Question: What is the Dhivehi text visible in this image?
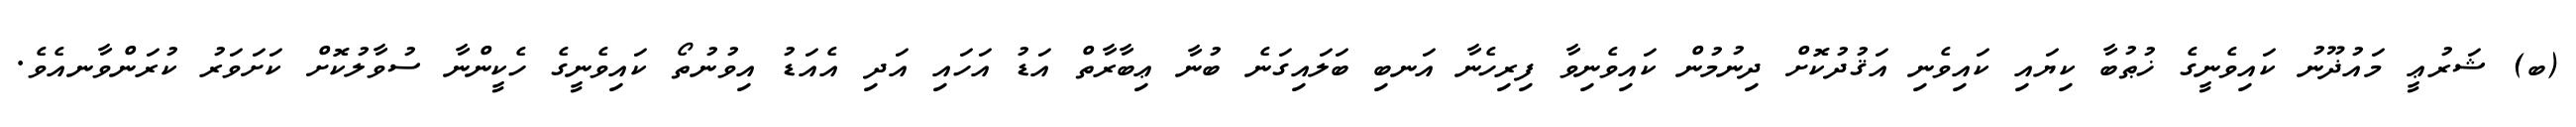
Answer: (ބ) ޝަރުޢީ މައުޛޫނު ކައިވެނީގެ ޚުޠުބާ ކިޔައި ކައިވެނި އަޤުދުކޮށް ދިނުމުން ކައިވެނިވާ ފިރިހެނާ އަނބި ބަލައިގަނެ ބުނާ ޢިބާރާތް އަޑު އަހައި އަދި އެއަޑު އިވުނުތޯ ކައިވެނީގެ ހެކީންނާ ސުވާލުކޮށް ކަށަވަރު ކުރަންވާނއެވެ.